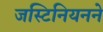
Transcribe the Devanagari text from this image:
जस्टिनियनने